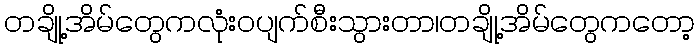
တချို့အိမ်တွေကလုံးဝပျက်စီးသွားတာ၊တချို့အိမ်တွေကတော့